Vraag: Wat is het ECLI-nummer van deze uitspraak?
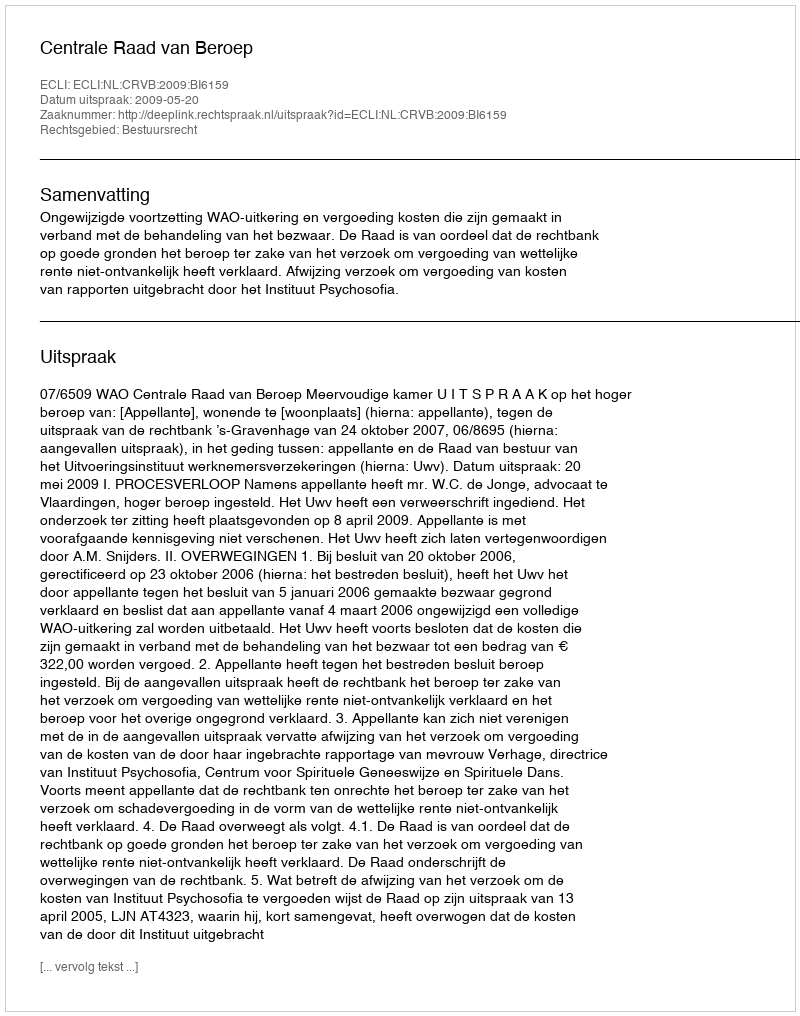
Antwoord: ECLI:NL:CRVB:2009:BI6159